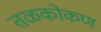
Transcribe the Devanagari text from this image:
तळकोकण